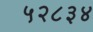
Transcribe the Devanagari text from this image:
५२८३४